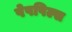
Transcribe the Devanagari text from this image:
पेपपिल्स